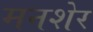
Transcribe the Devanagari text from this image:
मनशेर